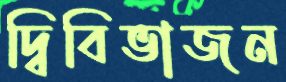
দ্বিবিভাজন